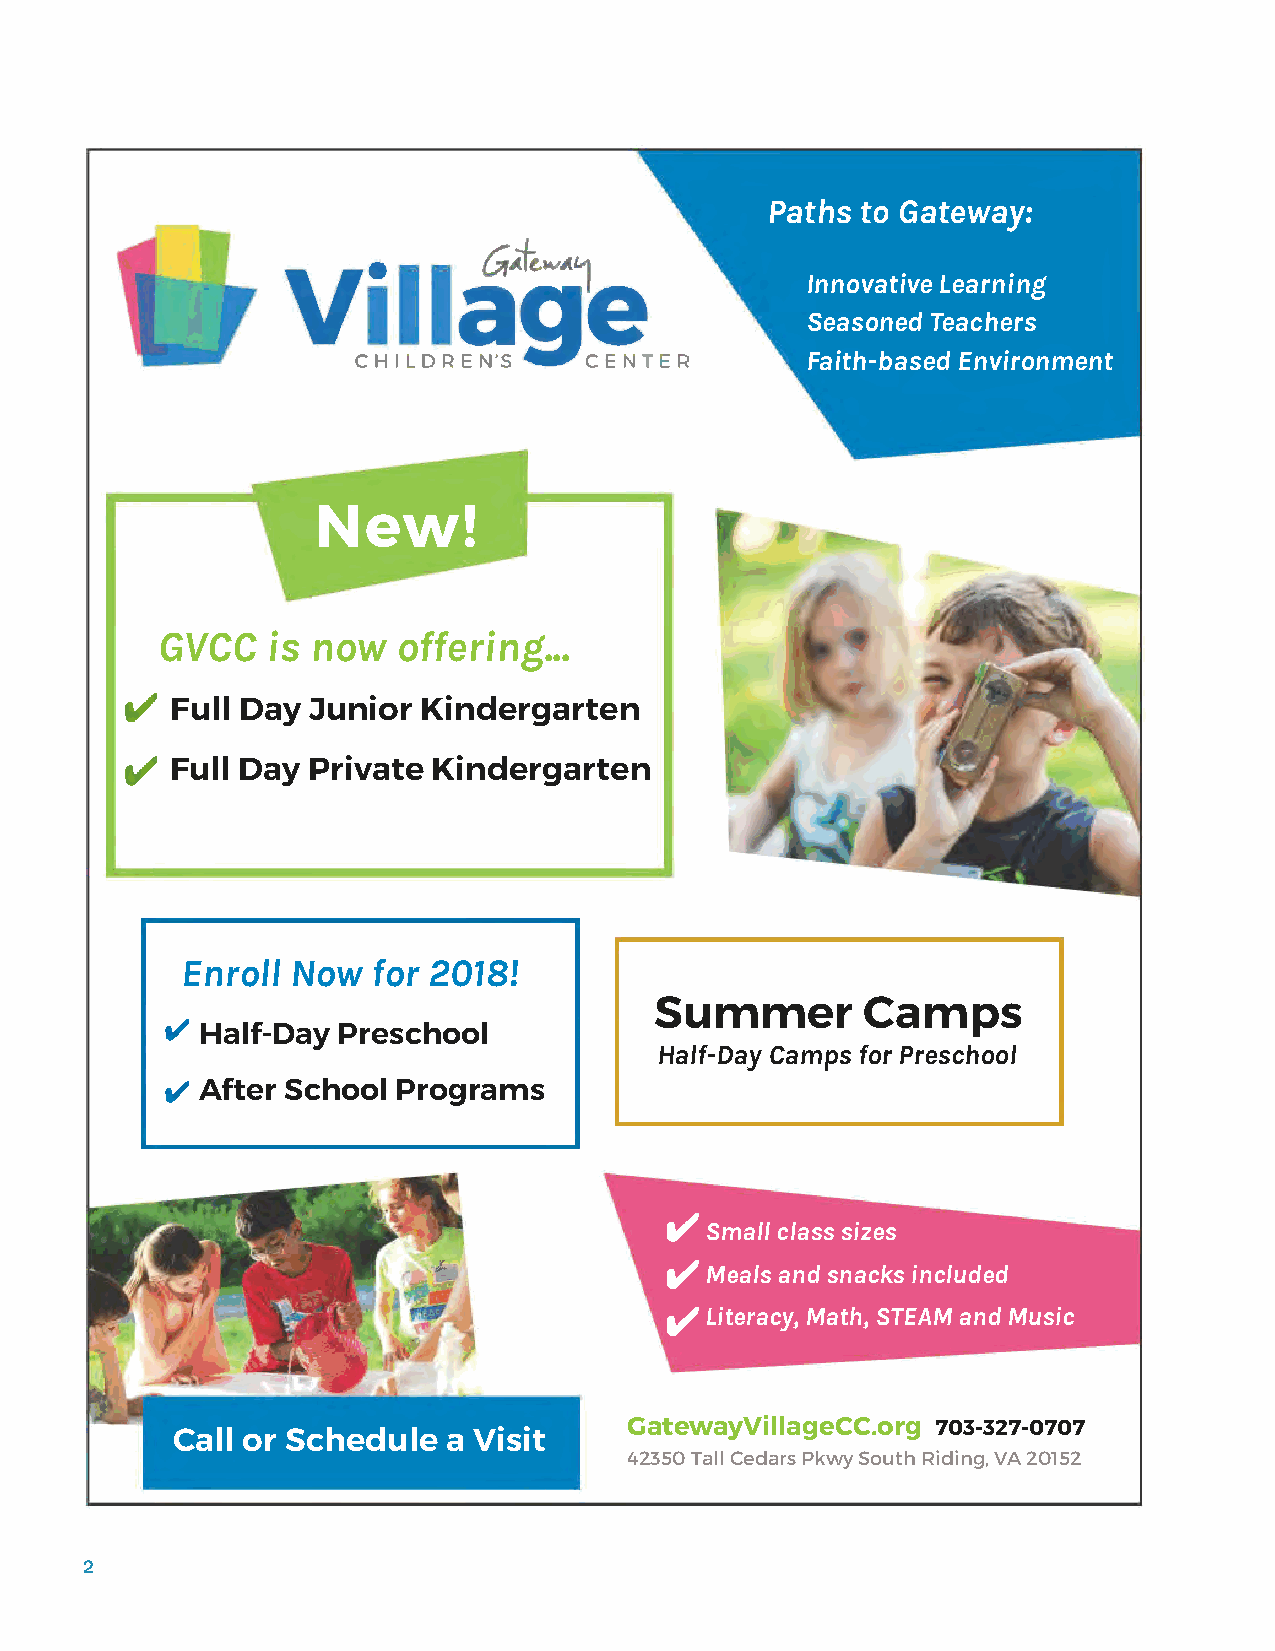
Paths to Gateway:
 vi11at~Al!
 • Innovative Learning
 • Seasoned Teachers
 CHILDREN'S g    CENTER      • Faith-based Environment
 New!
 GVCC    is now  offering...
 Full Day Junior  Kindergarten
 Full Day Private  Kindergarten
 Enroll Now   for 2018!
 Summer        Camps
 Half-Day Preschool
 Half-Day Camps for Preschool
 After School Programs
 Small class sizes
 Meals and snacks included
 Literacy, Math, STEAM and Music
 GatewayVillageCC.org 703-327-0707
 Call or Schedule   a Visit
 42350 Tall Cedars Pkwy South Riding, VA 20152
 2